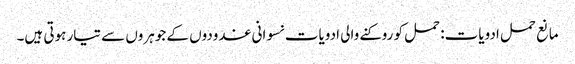
مانع حمل ادویات: حمل کو روکنے والی ادویات نسوانی غدودوں کے جوہروں سے تیار ہوتی ہیں۔